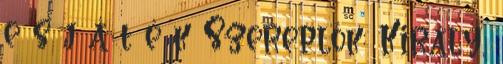
e s j á t é k Szereplők: Király,